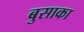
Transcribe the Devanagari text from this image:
बुसाका